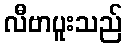
လီဗာပူးသည်